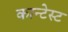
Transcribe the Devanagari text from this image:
कान्टेस्ट